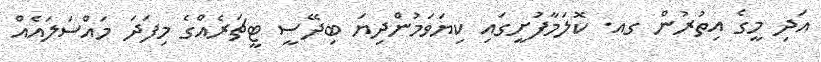
އަދި މީގެ އިތުރުން ގއ. ކޮލަމާފުށީގައި ކިޔަވަމުންދިޔަ ބިދޭސީ ޓީޗަރެއްގެ މިފަދަ މައްސަލައެއް